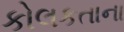
કોલકતાના